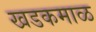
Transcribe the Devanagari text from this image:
खडकमाळ